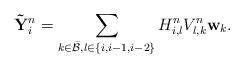
LaTeX: \begin{align*}{\bf \tilde{Y}}_i^n=\sum_{k \in \bar{\cal B}, l \in \{i,i-1,i-2\}} H_{i,l}^n V_{l,k}^n {\bf w}_k.\end{align*}